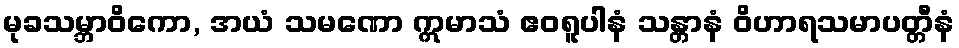
မုခသမ္ဘာဝိကော, အယံ သမဏော ဣမာသံ ဧဝရူပါနံ သန္တာနံ ဝိဟာရသမာပတ္တီနံ